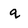
Character: q